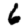
Digit: 6